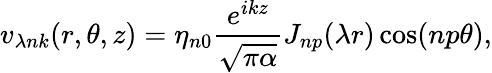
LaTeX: v_{\lambda nk}(r,\theta,z)=\eta_{n0}\frac{e^{ikz}}{\sqrt{\pi\alpha}}J_{np}(\lambda r)\cos(np\theta){,}